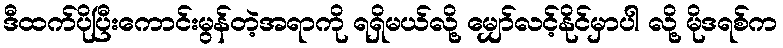
ဒီထက်ပိုပြီးကောင်းမွန်တဲ့အရာကို ရရှိမယ်လို့ မျှော်လင့်နိုင်မှာပါ လို့ မိုဒရစ်က